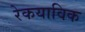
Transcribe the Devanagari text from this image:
रेकयाविक